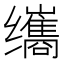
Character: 𫄹